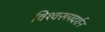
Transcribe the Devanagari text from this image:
विश्‍वरूपदर्शन